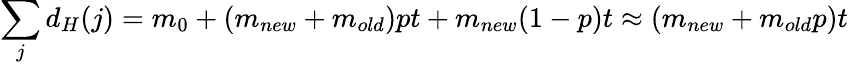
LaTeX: \sum_{j}d_{H}(j)=m_{0}+(m_{new}+m_{old})pt+m_{new}(1-p)t\approx(m_{new}+m_{old}p)t